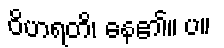
ဝိဟရတိ၊ နေ၏။ ပ။